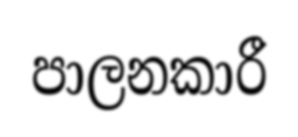
පාලනකාරී